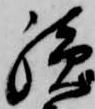
続